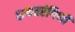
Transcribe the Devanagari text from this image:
शब्दतरंगिणी